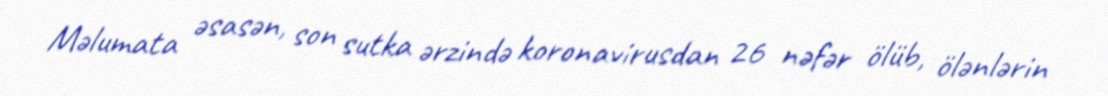
Məlumata əsasən, son sutka ərzində koronavirusdan 26 nəfər ölüb, ölənlərin